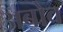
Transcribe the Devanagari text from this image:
अबोव